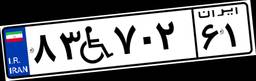
۸۳W۷۰۲۶۱